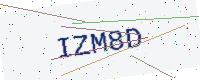
Text: IZM8D